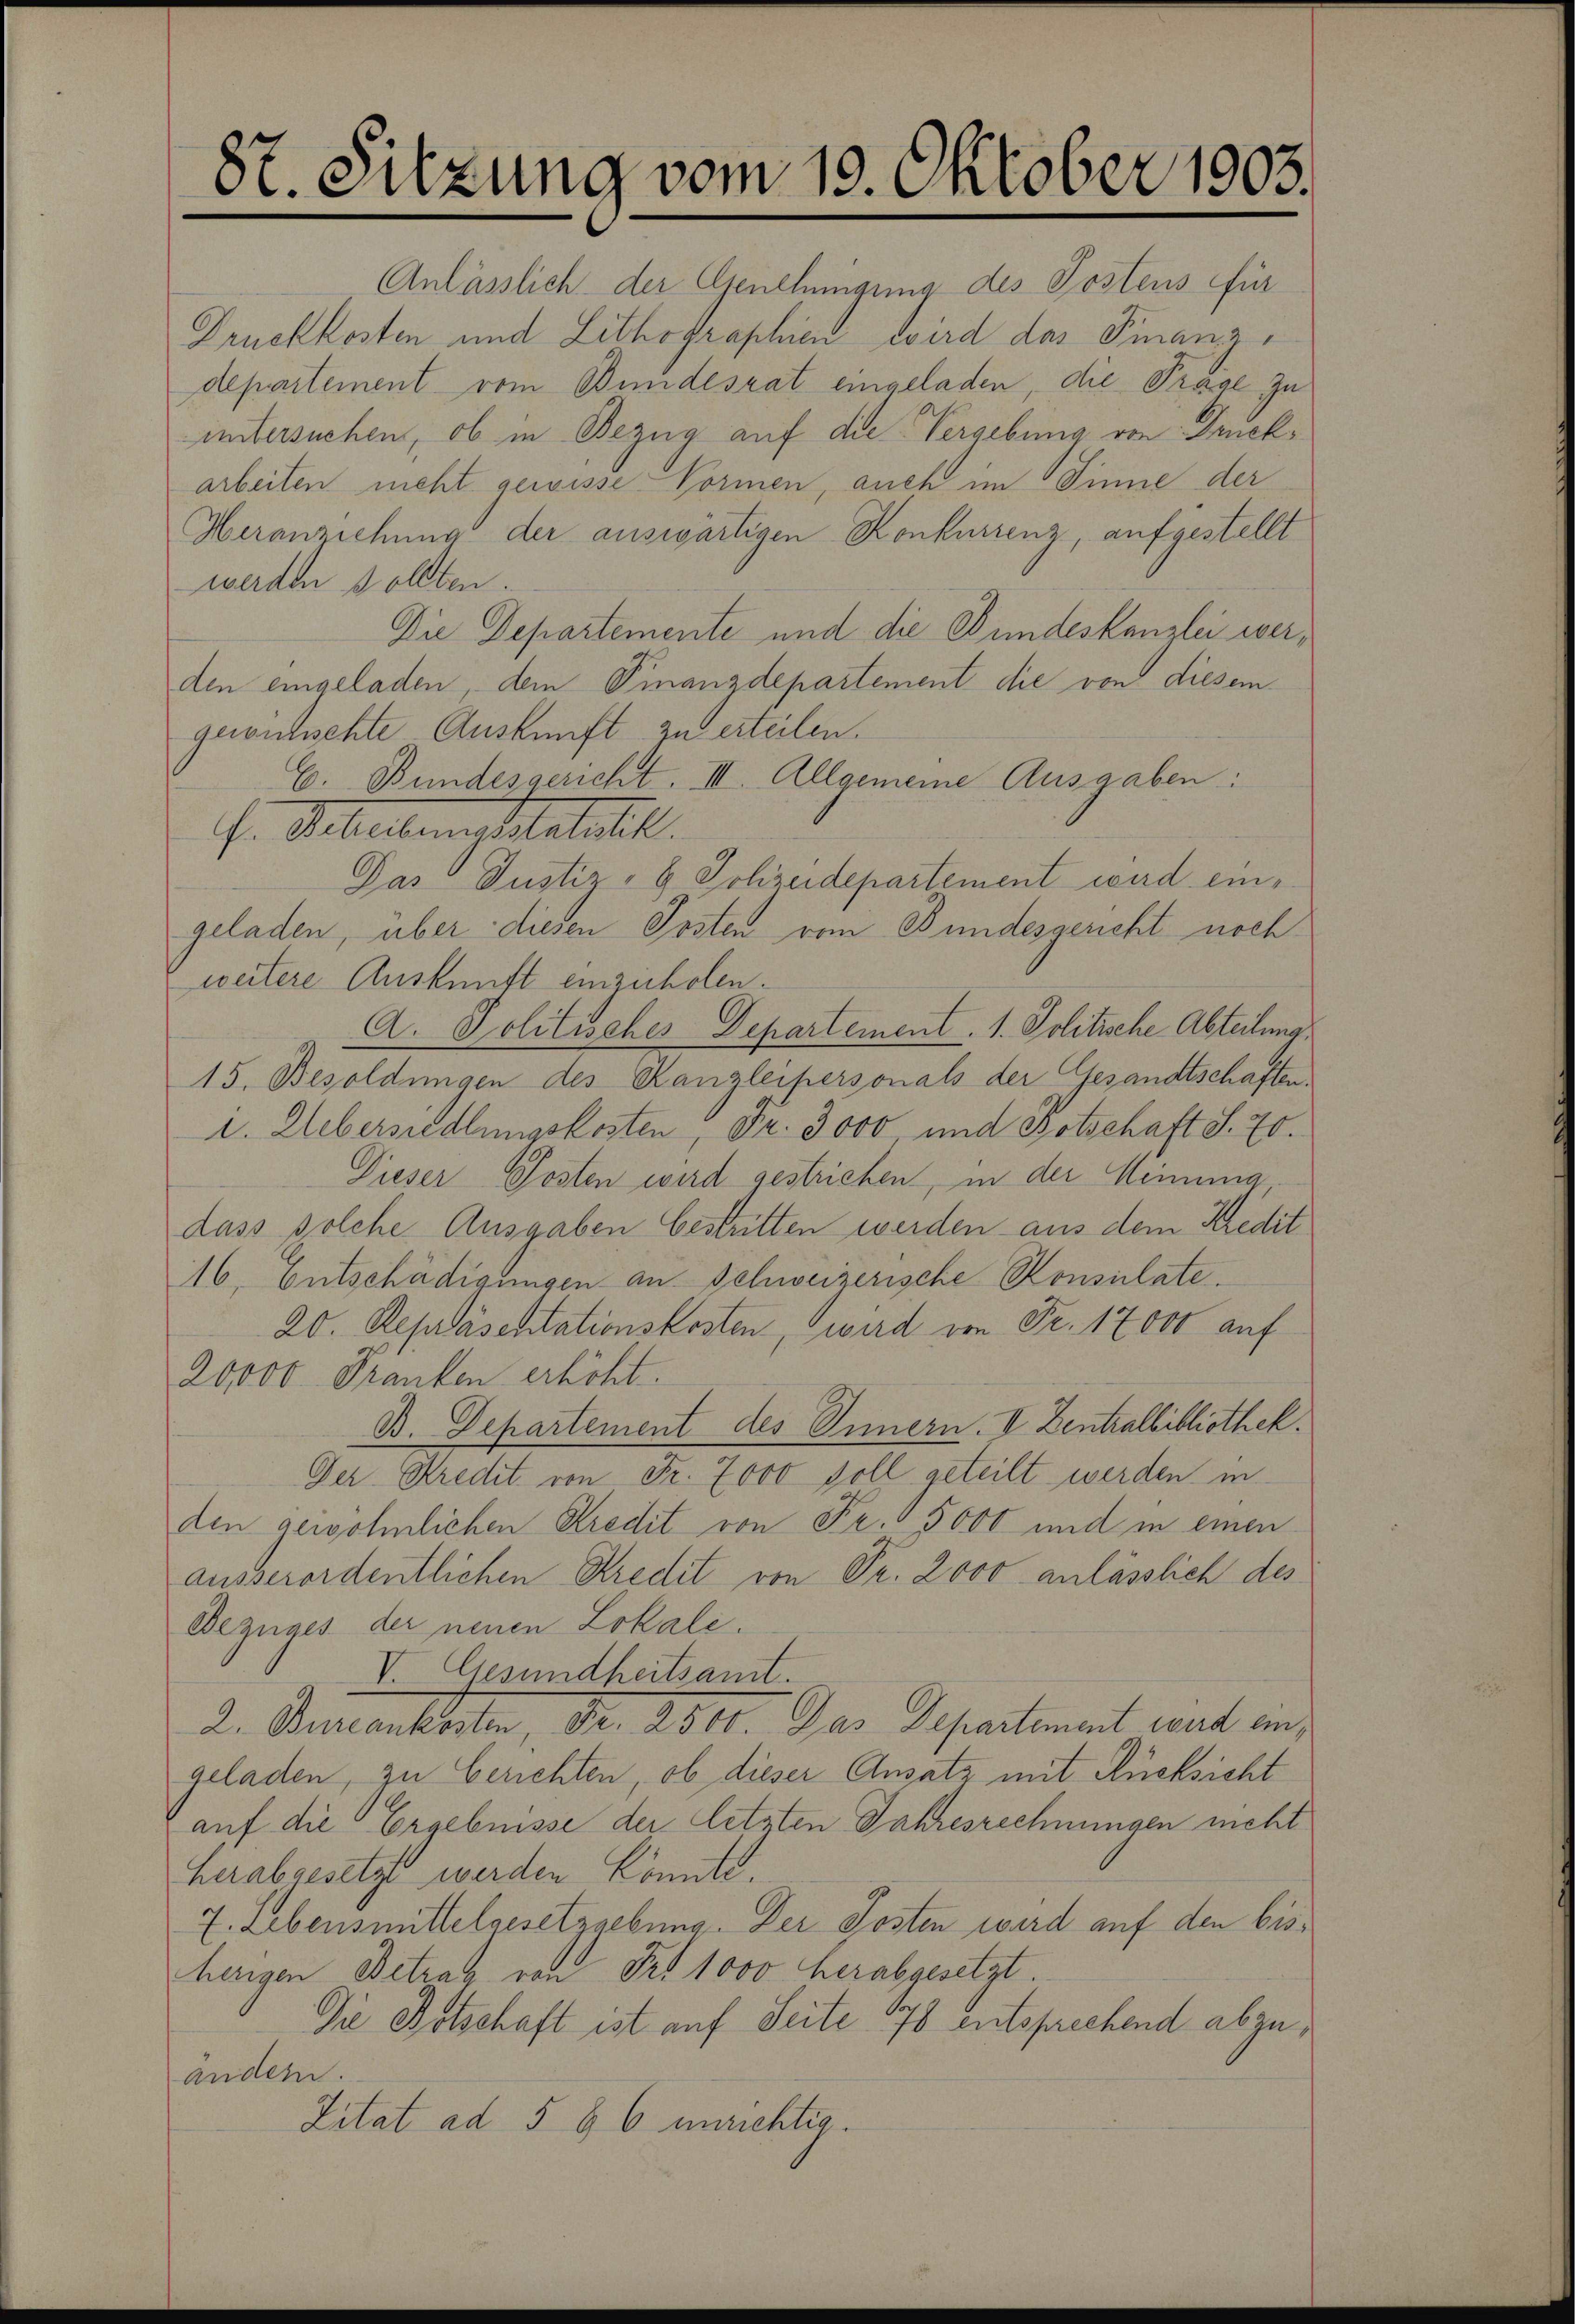
87. Sitzung vom 10. Oktober 1903.

Anlässlich der Genehmigung des Postens für
Druckkosten und Lithographien wird das Finanzdepartement vom Bundesrat eingeladen, die Trage zu
untersuchen, ob in Bezug auf die Vergebung von Druckarbeiten neht gewisse Vormen, auch im Sinne der
Heranziehung der auswärtigen Konkurrenz, aufgestellt
werden sollten.
Die Departemente und die Bundeskanzlei werden eingeladen, dem Finanzdepartement die von diesem
gewichschte Auskunft zu erteilen.
E. Bundesgericht. III. Allgemeine Ausgaben:
G. Arbeitenanstatuth.
Das Justiz- & Schreidepartement wird eingeladen, über diesen Posten vom Bundesgericht noch
weitere Auskunft einzuholen.
A. Politisches Departement. 1. Politische Abteilung
15. Besoldungen des Kanzleipersonals der Gesandtschaften
1. Uebersiedlungskosten, Dr. 3000 und Botschaft S. 70.
Dieser Posten wird gestrichen, in der Meinung,
dass solche Ausgaben bestritten werden aus dem Kredit
16. Entschädigungen an Schweizerische Konsulate.
20. Repräsentationskosten, wird von Fr. 17000 auf
20000 Franken erhöht.
B. Departement des Innern. I Zentralbibliothek.
Der Stredit von Fr. 7000 soll geteilt werden in
den gewöhnlichen Kredit von Fr. 5000 und in einen
ausserordentlichen Kredit von Pr. 2000 anlässlich des
Bezuges der neuen Lokale.
I Gesundheitsamt.
2. Bencanterben, Nr. 281. Der Separtement eint einz
geladen, zu berichten, ob dieser Ansatz mit Rücksicht
auf die Ergebnisse der letzten Jahresrechnungen nicht
Herabgesetzt werden könnte.
7. Lebensmittelgesetzgebung. Der Posten wird auf den bisherigen Betrag von Fr. 1000 herabgesetzt
Die Botschaft ist auf Seite 178 entsprechend abzuandern.
Zitat ad 5 § 6 unrichtig.